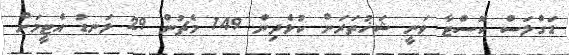
ޑަގްލަސް ކޮސްޓާ ވަނީ ޝަޚުތަރަށް ކުޅެދިން 149 މެޗުން 29 ލަނޑު އެޓީމަށް